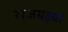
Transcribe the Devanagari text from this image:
राजयक्ष्या